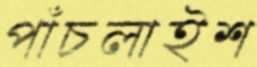
পাঁচলাইশ